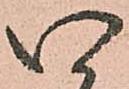
い